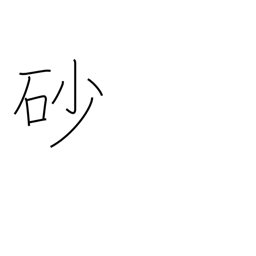
Meaning: sand